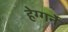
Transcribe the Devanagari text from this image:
हेग्गर्ने